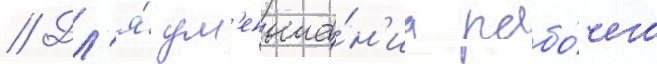
// Дл'я́ ум'еньше́н'иа рабо́чего